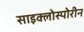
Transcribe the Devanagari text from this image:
साइक्लोस्पोरीन